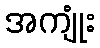
အကျုံး